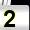
Digit: 2